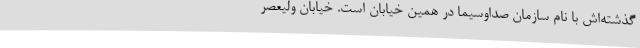
گذشته‌اش با نام سازمان صداوسیما در همین خیابان است. خیابان ولیعصر